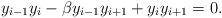
LaTeX: \begin{align*} y_{i-1} y_i - \beta y_{i-1} y_{i+1} + y_i y_{i+1} = 0. \end{align*}